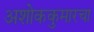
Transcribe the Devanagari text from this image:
अशोककुमारचा